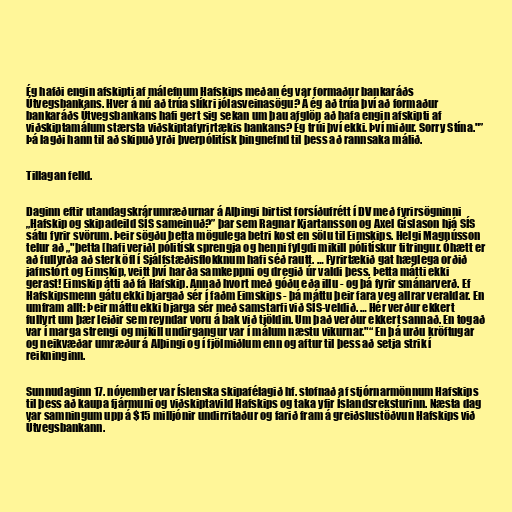
Ég hafði engin afskipti af málefnum Hafskips meðan ég var formaður bankaráðs
Útvegsbankans. Hver á nú að trúa slíkri jólasveinasögu? Á ég að trúa því að formaður
bankaráðs Útvegsbankans hafi gert sig sekan um þau afglöp að hafa engin afskipti af
viðskiptamálum stærsta viðskiptafyrirtækis bankans? Ég trúi því ekki. Því miður. Sorry Stína."”
Þá lagði hann til að skipuð yrði þverpólitísk þingnefnd til þess að rannsaka málið.

Tillagan felld.

Daginn eftir utandagskrárumræðurnar á Alþingi birtist forsíðufrétt í DV með fyrirsögninni
„Hafskip og skipadeild SÍS sameinuð?” þar sem Ragnar Kjartansson og Axel Gíslason hjá SÍS
sátu fyrir svörum. Þeir sögðu þetta mögulega betri kost en sölu til Eimskips. Helgi Magnússon
telur að „"þetta [hafi verið] pólitísk sprengja og henni fylgdi mikill pólitískur titringur. Óhætt er
að fullyrða að sterk öfl í Sjálfstæðisflokknum hafi séð rautt. … Fyrirtækið gat hæglega orðið
jafnstórt og Eimskip, veitt því harða samkeppni og dregið úr valdi þess. Þetta mátti ekki
gerast! Eimskip átti að fá Hafskip. Annað hvort með góðu eða illu - og þá fyrir smánarverð. Ef
Hafskipsmenn gátu ekki bjargað sér í faðm Eimskips - þá máttu þeir fara veg allrar veraldar. En
umfram allt: Þeir máttu ekki bjarga sér með samstarfi við SÍS-veldið. … Hér verður ekkert
fullyrt um þær leiðir sem reyndar voru á bak við tjöldin. Um það verður ekkert sannað. En togað
var í marga strengi og mikill undirgangur var í málum næstu vikurnar."“ En þá urðu kröftugar
og neikvæðar umræður á Alþingi og í fjölmiðlum enn og aftur til þess að setja strik í
reikninginn.

Sunnudaginn 17. nóvember var Íslenska skipafélagið hf. stofnað af stjórnarmönnum Hafskips
til þess að kaupa fjármuni og viðskiptavild Hafskips og taka yfir Íslandsreksturinn. Næsta dag
var samningum upp á $15 milljónir undirritaður og farið fram á greiðslustöðvun Hafskips við
Útvegsbankann.